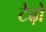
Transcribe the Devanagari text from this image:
टेढ़ो